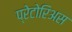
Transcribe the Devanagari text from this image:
प्रेटोरिअस